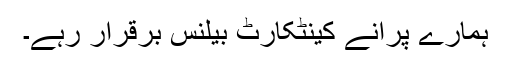
ہمارے پرانے کینٹکارٹ بیلنس برقرار رہے۔